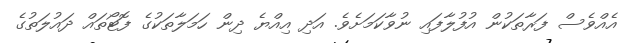
އެއްވެސް ފަރާތަކުން އުފުލާފައި ނުވާކަމަށެވެ. އަދި އިއްޔެ ދިން ހަމަލާތަކުގެ ފޮޓޯތައް ދައުލަތުގެ